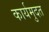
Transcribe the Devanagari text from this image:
कार्यमुदत